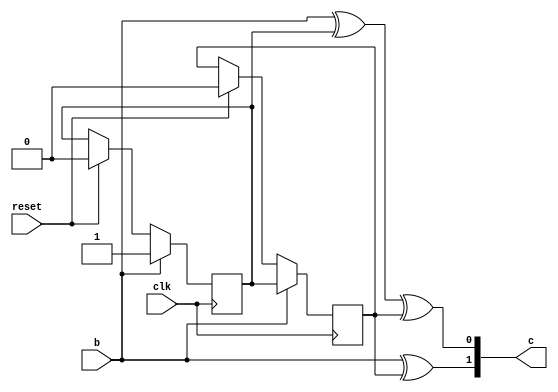
///////////////////////////////////////////////////////////////////////////////
/// Andrew Mattheisen 
/// Zhiyang Ong 
///
/// EE-577b 2007 fall
/// VITERBI DECODER 
/// conv_encoder module
///
/// Zhiyang, I changed every capital variable to lower case.
/// I will not use uppercase to avoid that problem in the future. 
/// You can delete this note once you read it. - Andrew
///////////////////////////////////////////////////////////////////////////////
`timescale 1ns/100ps
module conv_encoder (c, b, clk, reset);

   // outputs
   output [1:0] c;
   
   // inputs
   input  	b, clk, reset;
   
   // registers
   reg [1:0] 	c;
   reg		d0, d1;

   always @ (posedge clk)
	 begin
		if (reset)
		  begin
		    d0 <= 1'b0;
		    d1 <= 1'b0;
		  end
		if (b)
		  begin
		    d1 <= d0;
		    d0 <= b;
		  end
	 end // always @ (posedge clk)

   always @ (d0 or d1 or b)
	 begin
		c[0]  <= b^d0^d1;
		c[1]  <= b^d1;
	 end // always @ (d0 or d1 or b)

endmodule